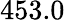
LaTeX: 453.0